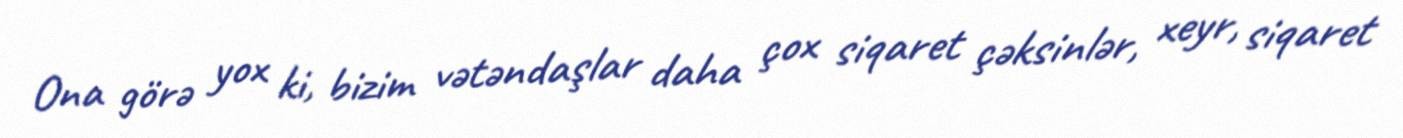
Ona görə yox ki, bizim vətəndaşlar daha çox siqaret çəksinlər, xeyr, siqaret